Civil Veterinary Department Bihar & Orissa reports 1922-29 - 1922-1929
Year: 1922
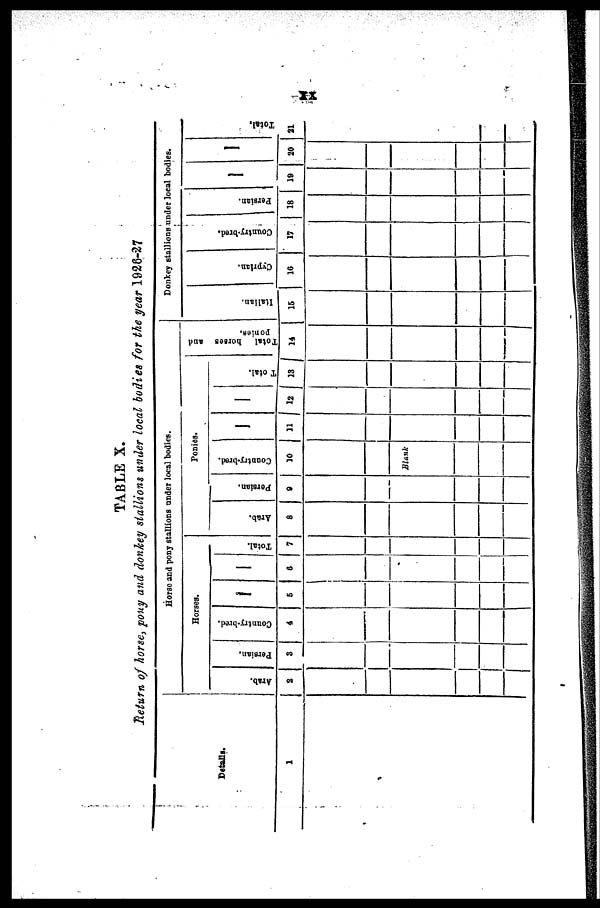
TABLE X.
Return of horse, pony and donkey stallions under local bodies for the year 1926-27
Details.
1
Horse and pony stallions under local bodies.
Horses.
Ar ab.
2
Per s i
an.
3
Country-brod.
4
5
6
Total.
7
Ponies.
Arab.
8
Persian.
9
Country-bred.
10
Blank
11
12
Total
13
Total
horses and
ponies,
14
Donkey stallions under local bodies.
Italian.
15
Cyprlan.
16
Country-bred.
17
Persian.
18
19
20
Total.
21